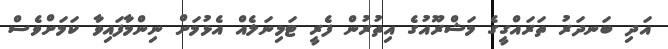
އަދި ބަނދަރު ތަރައްގީގެ މަޝްރޫއުގެ އިތުރުން ފެރީ ޓަމިނަލެއް އެޅުމަށް ނިންމާފައިވާ ކަމަށްވެސް